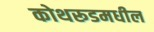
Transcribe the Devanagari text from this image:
कोथरूडमधील